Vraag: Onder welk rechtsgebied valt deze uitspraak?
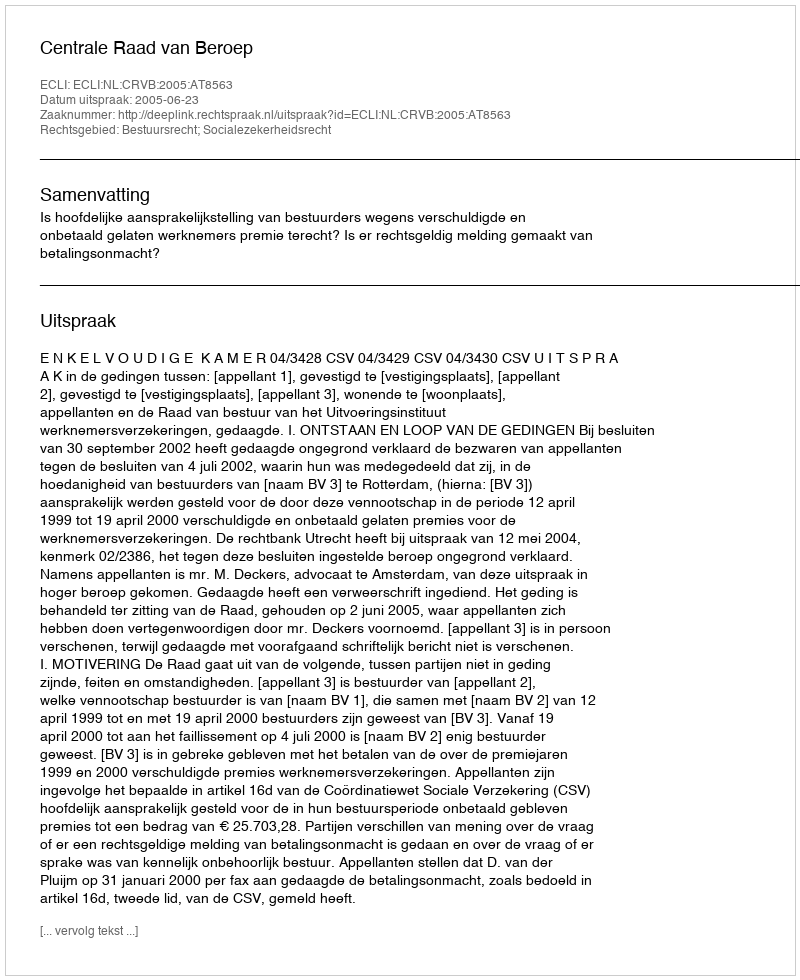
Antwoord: Bestuursrecht; Socialezekerheidsrecht